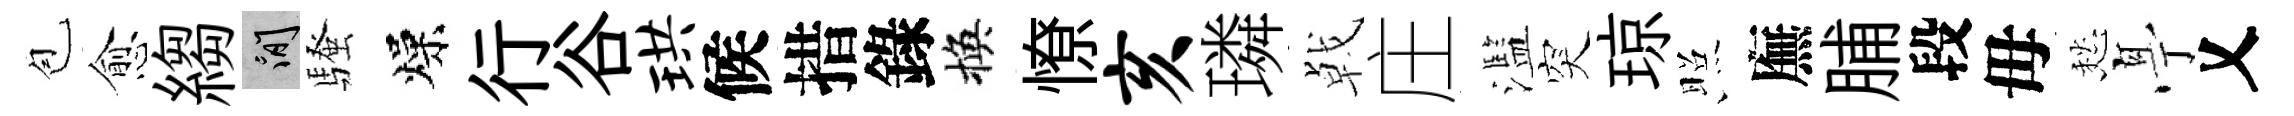
苞愈縐閑騷燥行谷珙候措錄換憭亥璘㦸庄濫突琼照廡脯段毋愁𠅘乂